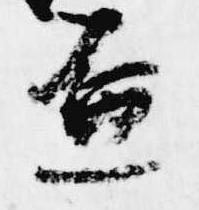
盃